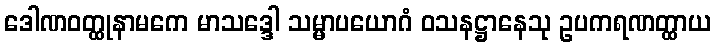
ဒေါဏဝတ္ထုနာမကေ မာသဒ္ဒေါ သမ္မာပယောဂံ ဝသနဋ္ဌာနေသု ဥပကရဏတ္ထာယ